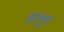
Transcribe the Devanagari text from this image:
हांगुर